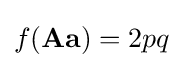
f(\mathbf {Aa} )=2pq